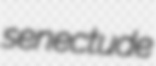
senectude